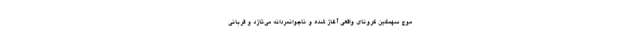
موج سهمگین کرونای واقعی آغاز شده و ناجوانمردانه می‌تازد و قربانی